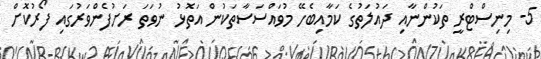
5- މިނިސްޓްރީ ތަކުންނާއި ދައުލަތުގެ ކަމާއިބެހޭ މުވައްސަސާތަކުން އަތޮޅު ނުވަތަ ރަށުފެންވަރުގައި ފޯރުކޮށް